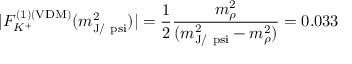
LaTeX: | F _ { K ^ { + } } ^ { ( 1 ) ( \mathrm { V D M } ) } ( m _ { \mathrm { J / \ p s i } } ^ { 2 } ) | = { \frac { 1 } { 2 } } { \frac { m _ { \rho } ^ { 2 } } { ( m _ { \mathrm { J / \ p s i } } ^ { 2 } - m _ { \rho } ^ { 2 } ) } } = 0 . 0 3 3